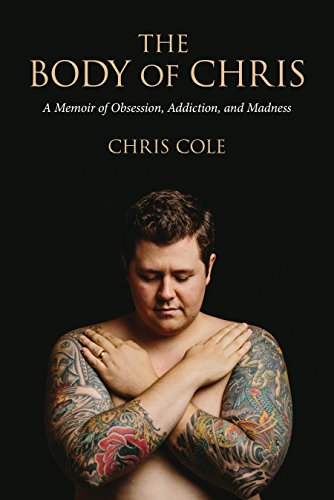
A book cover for The Body of Chris: A Memoir of Obsession, Addiction, and Madness; Chris Cole; Health, Fitness & Dieting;